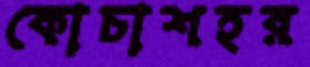
কোচাশহর